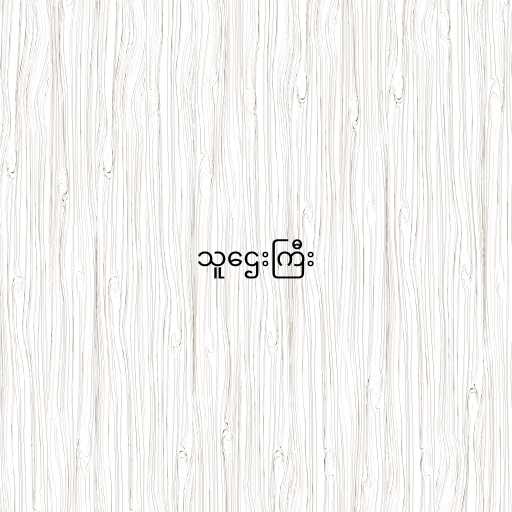
သူဌေးကြီး